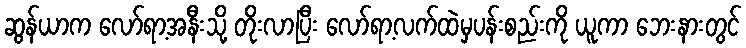
ဆွန်ယာက လော်ရာ့အနီးသို့ တိုးလာပြီး လော်ရာ့လက်ထဲမှပန်းစည်းကို ယူကာ ဘေးနားတွင်